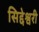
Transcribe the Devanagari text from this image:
सिद्देश्वरी